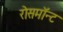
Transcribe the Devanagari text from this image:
रोसमॉन्ट